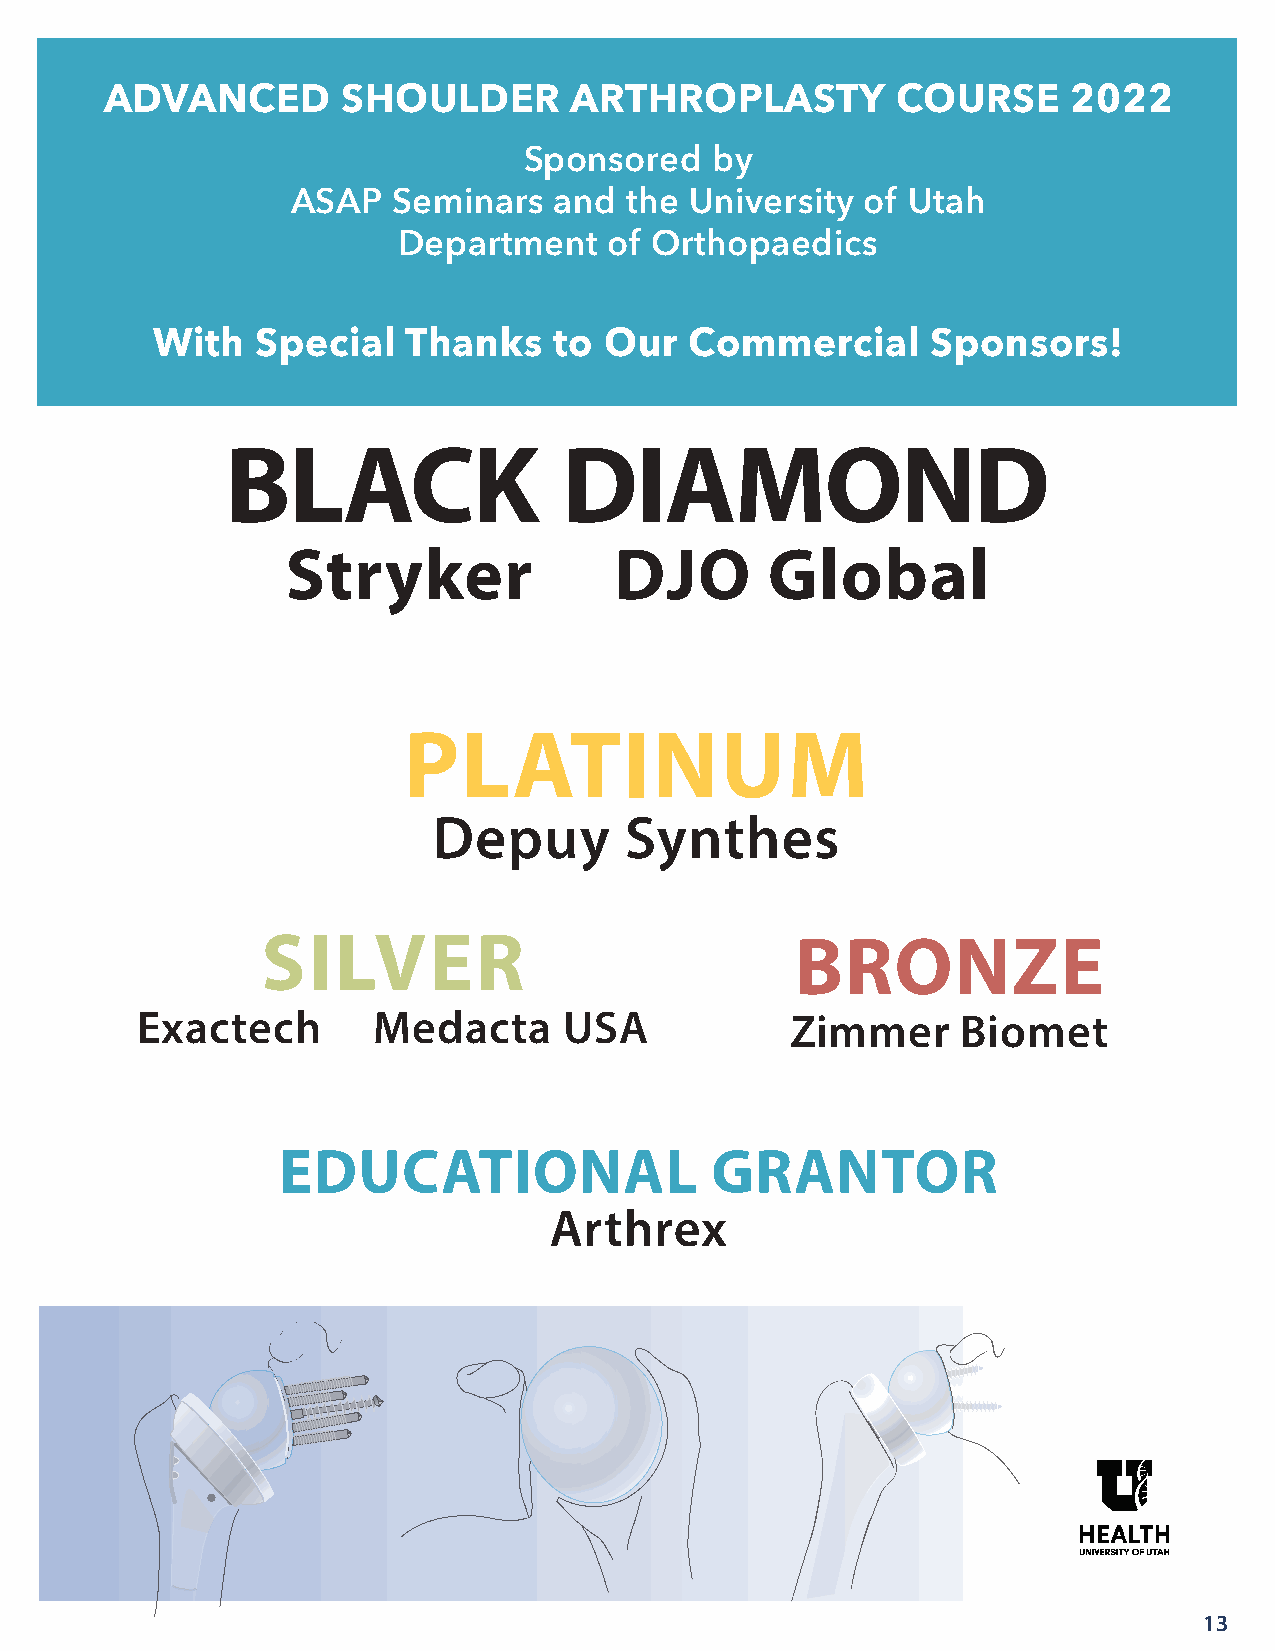
ADVANCED        SHOULDER       ARTHROPLASTY         COURSE      2022
 Sponsored   by
 ASAP   Seminars   and the  University of Utah
 Department    of Orthopaedics
 With   Special   Thanks    to Our   Commercial      Sponsors!
 BLACK                 DIAMOND
 Stryker               DJO       Global
 PLATINUM
 Depuy       Synthes
 SILVER                              BRONZE
 Exactech        Medacta     USA            Zimmer      Biomet
 EDUCATIONAL                  GRANTOR
 Arthrex
 13